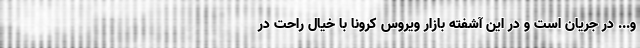
و... در جریان است و در این آشفته بازار ویروس کرونا با خیال راحت در